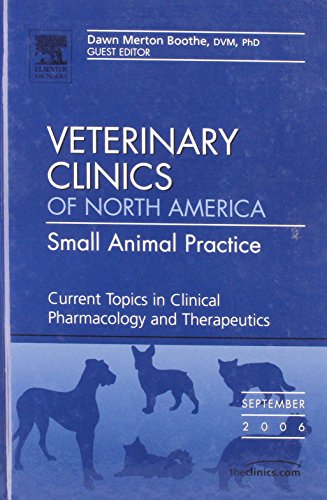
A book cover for Pharmacology and Therapeutics, An Issue of Veterinary Clinics: Small Animal Practice, 1e (The Clinics: Veterinary Medicine); Dawn Merton Boothe DVM  MS  PhD  DACVIM  DACVCP; Medical Books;